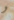
و